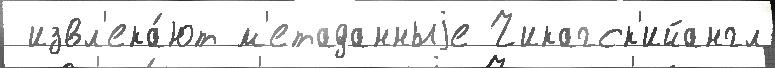
 извл'ека́ют м'етаданныjе Чикагск'ийангл